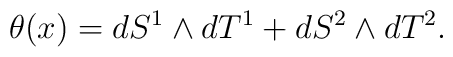
\theta(x)=dS^1\wedge dT^1+dS^2\wedge dT^2  .